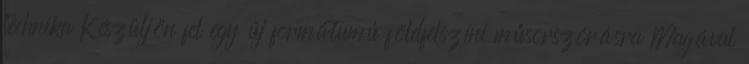
technika Készüljön fel egy új formátumú földfelszíni műsorszórásra Magával